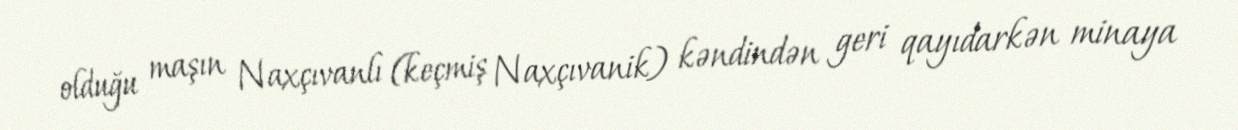
olduğu maşın Naxçıvanlı (keçmiş Naxçıvanik) kəndindən geri qayıdarkən minaya